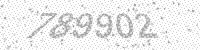
Solution: 789902